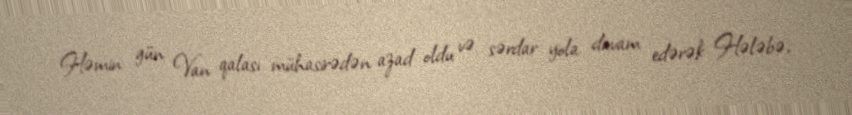
Həmin gün Van qalası mühasirədən azad oldu və sərdar yola davam edərək Hələbə,